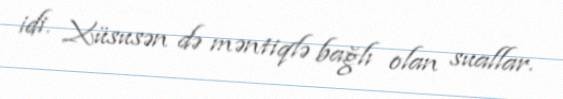
idi. Xüsusən də məntiqlə bağlı olan suallar.